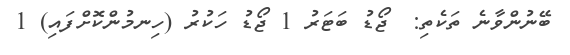
ބޭނުންވާނެ ތަކެތި:  ޖޯޑު ބަޓަރު 1 ޖޯޑު ހަކުރު (ހިނމުންކޮށްފައި) 1